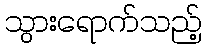
သွားရောက်သည့်